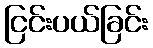
ငြင်းပယ်ခြင်း